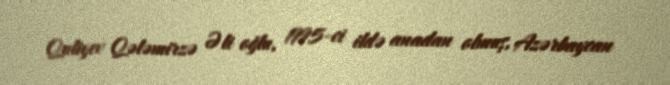
Quliyev Qələmirzə Əli oğlu, 1995-ci ildə anadan olmuş, Azərbaycan